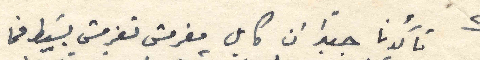
٢ تأكدنا جيداً ان كايل مغرمش تغرمش بَسيط فما